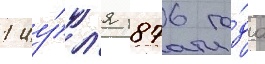
1 иу́л'я 1876 го́да